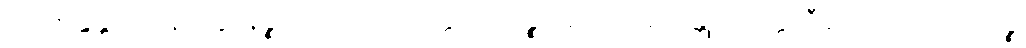
ဝေါဘိန္ဒန္တာ ဝိနေတဗ္ဗာနဉ္စ ဒုတိယာဝိဘတ္တိ သကိဉ္စနောတိ အာဂန္တုကဝတ္တာဒီနိ လောပဂ္ဂဟဏဉ္စ